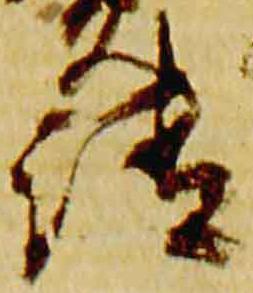
清